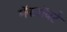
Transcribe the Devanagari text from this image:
मॅकरॉबर्ट